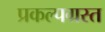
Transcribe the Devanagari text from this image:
प्रकल्पग्रस्त